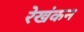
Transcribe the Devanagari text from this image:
रेखंकन